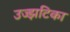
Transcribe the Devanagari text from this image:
उज्झटिका